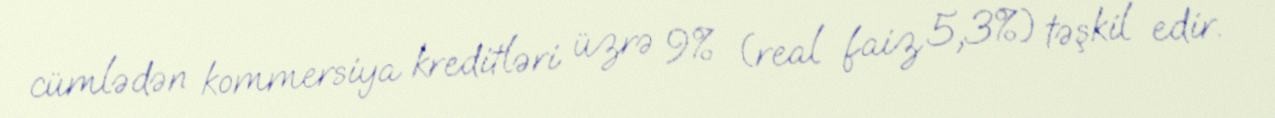
cümlədən kommersiya kreditləri üzrə 9% (real faiz 5,3%) təşkil edir.